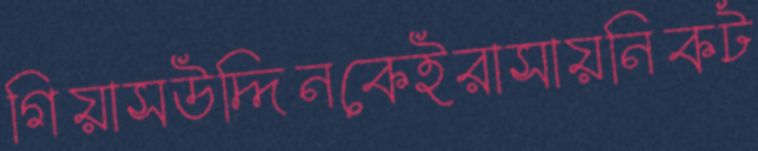
গিয়াসউদ্দিনকেইরাসায়নিকট